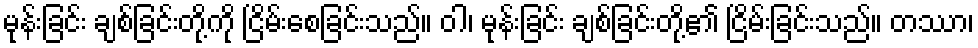
မုန်းခြင်း ချစ်ခြင်းတို့ကို ငြိမ်းစေခြင်းသည်။ ဝါ၊ မုန်းခြင်း ချစ်ခြင်းတို့၏ ငြိမ်းခြင်းသည်။ တဿာ၊